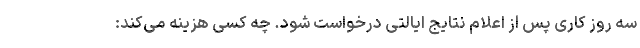
سه روز کاری پس از اعلام نتایج ایالتی درخواست شود. چه کسی هزینه می‌کند: